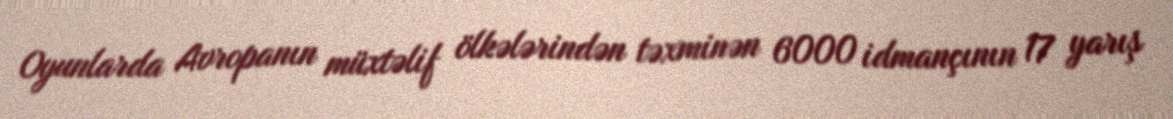
Oyunlarda Avropanın müxtəlif ölkələrindən təxminən 6000 idmançının 17 yarış